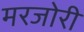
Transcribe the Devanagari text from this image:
मरजोरी